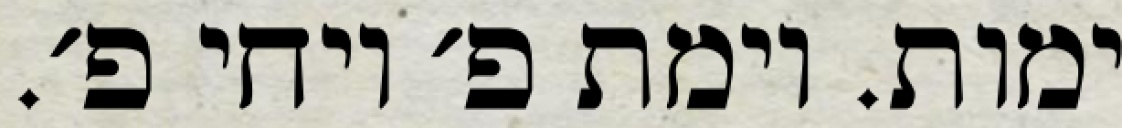
ימות. וימת פ׳ ויחי פ׳.